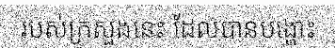
របស់ក្រសួងនេះ ដែលបានបង្ហោះ